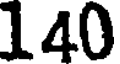
140